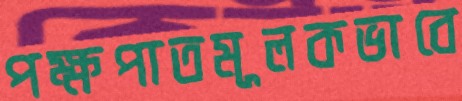
পক্ষপাতমূলকভাবে